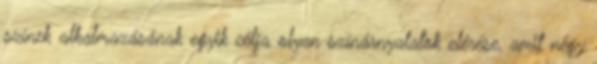
színek alkalmazásának egyik célja olyan színárnyalatok elérése, amit négy